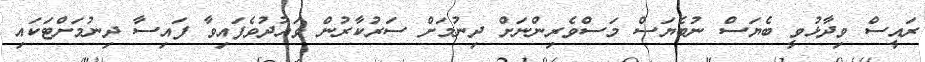
ރައީސް ވިދާޅުވީ ބެޔަސް ނުބެޔަސް މަސްވެރިންނަށް ދިނުމަށް ސަރުކާރުން ވައުދުވެފައިވާ ފައިސާ ދިނުމަށްޓަކައި